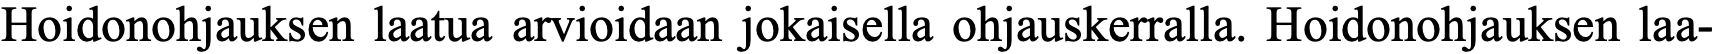
Hoidonohjauksen laatua arvioidaan jokaisella ohjauskerralla. Hoidonohjauksen laa-